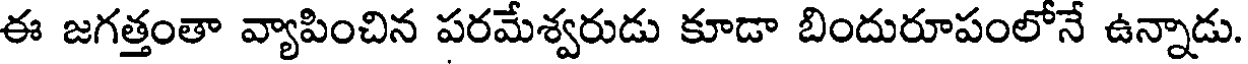
ఈ జగత్తంతా వ్యాపించిన పరమేశ్వరుడు కూడా బిందురూపంలోనే ఉన్నాడు